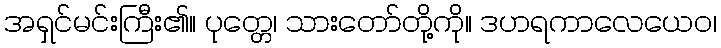
အရှင်မင်းကြီး၏။ ပုတ္တေ၊ သားတော်တို့ကို။ ဒဟရကာလေယေဝ၊